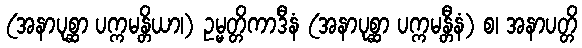
(အနာပုစ္ဆာ ပက္ကမန္တိယာ၊) ဥမ္မတ္တိကာဒီနံ (အနာပုစ္ဆာ ပက္ကမန္တီနံ) စ၊ အနာပတ္တိ